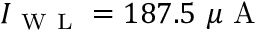
I _ { \mathrm { ~ W ~ L ~ } } = 1 8 7 . 5 ~ \mu \mathrm { ~ A ~ }